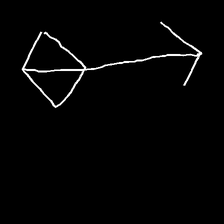
Glyph: focus